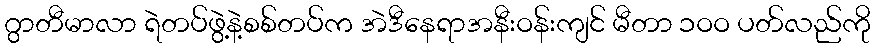
ဂွာတီမာလာ ရဲတပ်ဖွဲ့နဲ့စစ်တပ်က အဲဒီနေရာအနီးဝန်းကျင် မီတာ ၁ဝဝ ပတ်လည်ကို